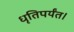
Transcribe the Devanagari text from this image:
धृतिपर्यंत।